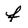
Character: f